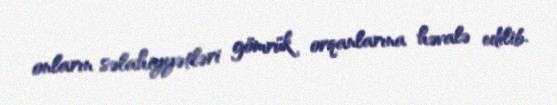
onların səlahiyyətləri gömrük orqanlarına həvalə edilib.